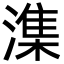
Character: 潗